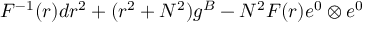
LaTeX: F ^ { - 1 } ( r ) d r ^ { 2 } + ( r ^ { 2 } + N ^ { 2 } ) g ^ { \cal B } - N ^ { 2 } F ( r ) e ^ { 0 } \otimes e ^ { 0 }